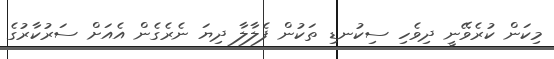
މިކަން ކުރެވޭނީ ދިވެހި ސިކުނޑި ތަކުން ފެލާލާ ދިޔަ ނެރެގެން އެއަށް ސަރުކާރުގެ